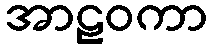
အာဠဝကာ